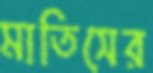
মাতিসের